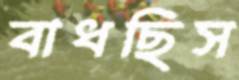
বাধছিস